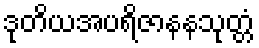
ဒုတိယအပရိဇာနနသုတ္တံ